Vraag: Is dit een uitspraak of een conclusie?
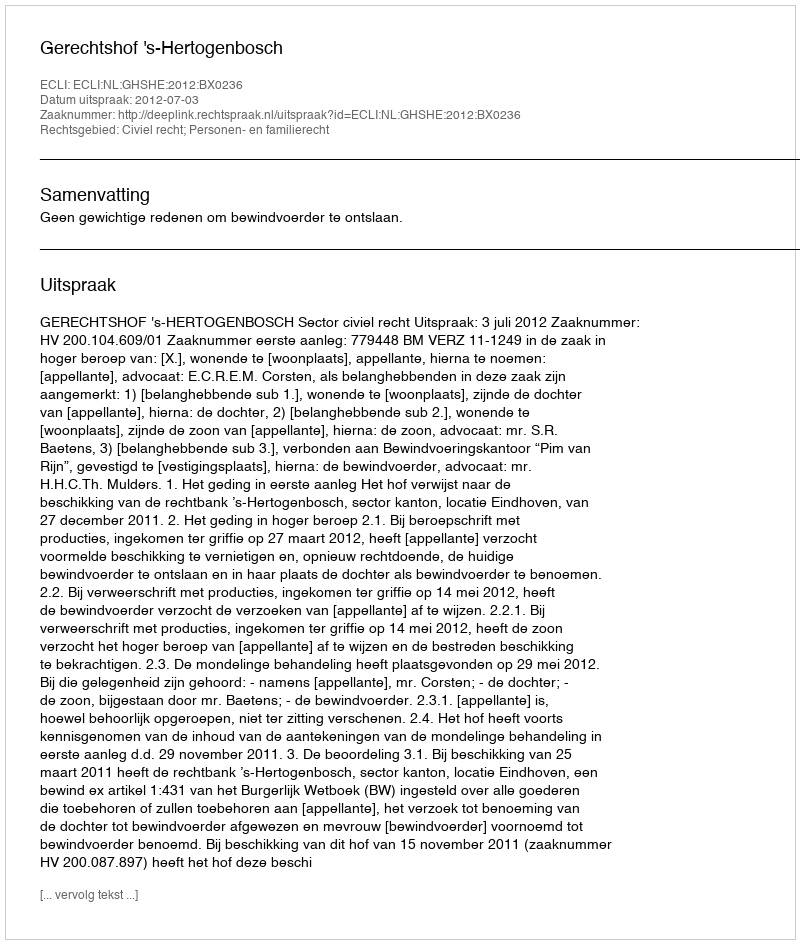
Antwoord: Uitspraak